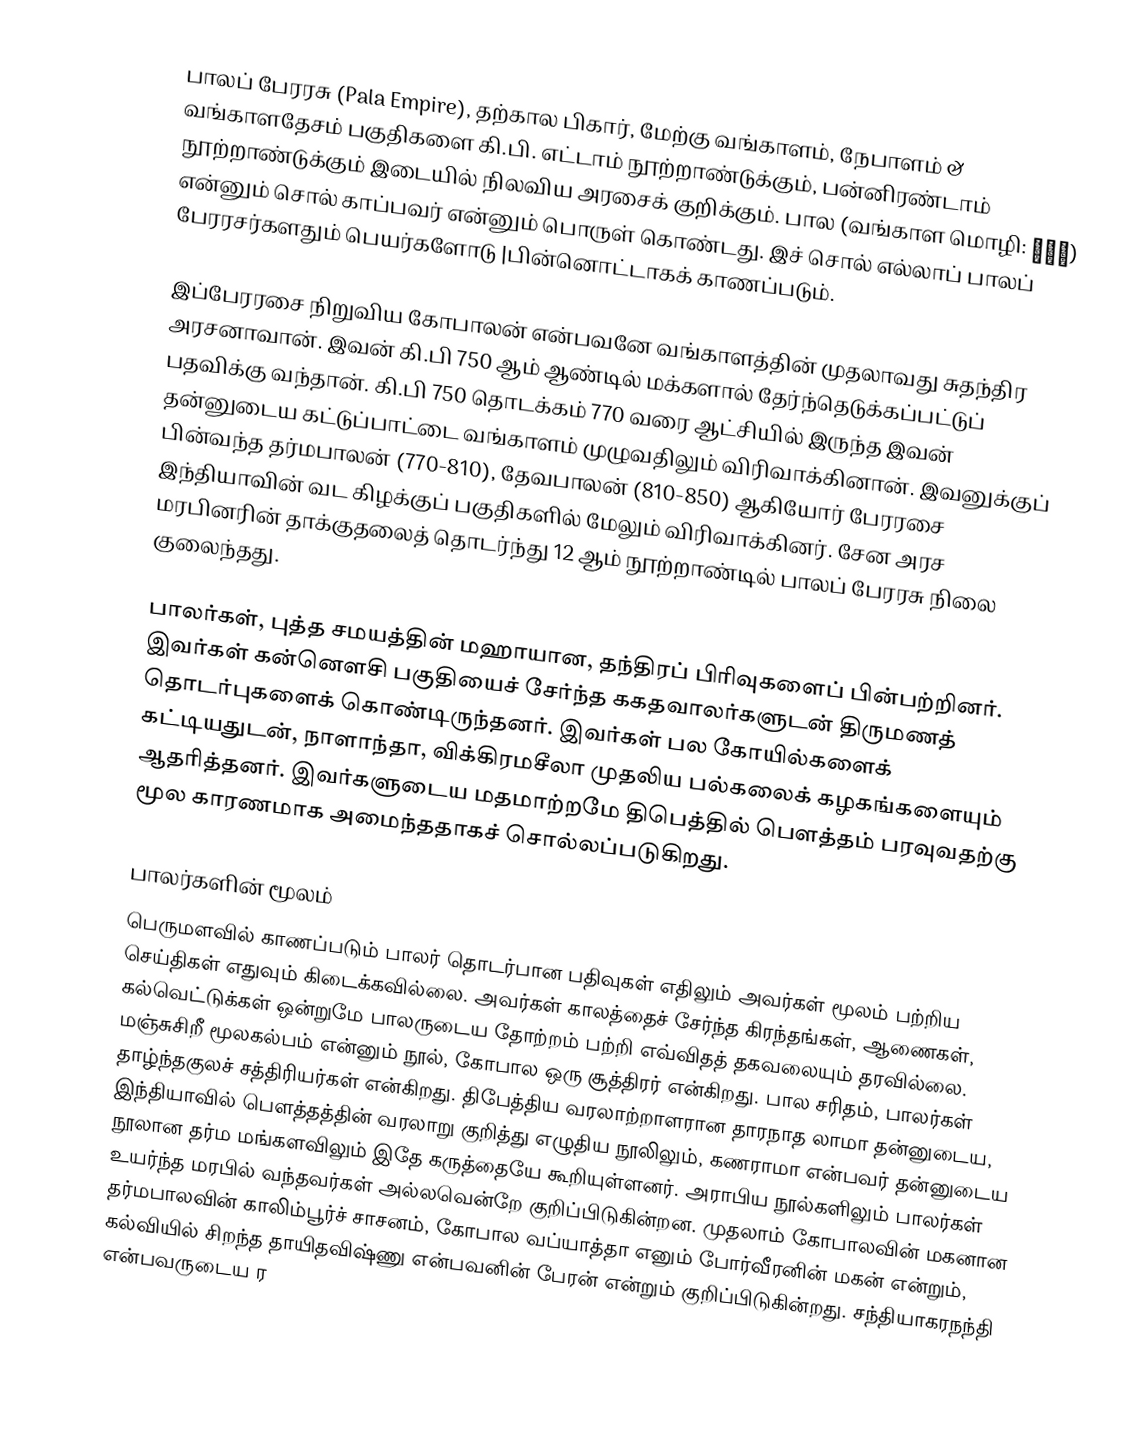
பாலப் பேரரசு (Pala Empire), தற்கால பிகார், மேற்கு வங்காளம், நேபாளம் & வங்காளதேசம் பகுதிகளை கி.பி. எட்டாம் நூற்றாண்டுக்கும், பன்னிரண்டாம் நூற்றாண்டுக்கும் இடையில் நிலவிய அரசைக் குறிக்கும். பால (வங்காள மொழி: পাল) என்னும் சொல் காப்பவர் என்னும் பொருள் கொண்டது. இச் சொல் எல்லாப் பாலப் பேரரசர்களதும் பெயர்களோடு |பின்னொட்டாகக் காணப்படும்.

இப்பேரரசை நிறுவிய கோபாலன் என்பவனே வங்காளத்தின் முதலாவது சுதந்திர அரசனாவான். இவன் கி.பி 750 ஆம் ஆண்டில் மக்களால் தேர்ந்தெடுக்கப்பட்டுப் பதவிக்கு வந்தான். கி.பி 750 தொடக்கம் 770 வரை ஆட்சியில் இருந்த இவன் தன்னுடைய கட்டுப்பாட்டை வங்காளம் முழுவதிலும் விரிவாக்கினான். இவனுக்குப் பின்வந்த தர்மபாலன் (770-810), தேவபாலன் (810-850) ஆகியோர் பேரரசை இந்தியாவின் வட கிழக்குப் பகுதிகளில் மேலும் விரிவாக்கினர். சேன அரச மரபினரின் தாக்குதலைத் தொடர்ந்து 12 ஆம் நூற்றாண்டில் பாலப் பேரரசு நிலை குலைந்தது.

பாலர்கள், புத்த சமயத்தின் மஹாயான, தந்திரப் பிரிவுகளைப் பின்பற்றினர். இவர்கள் கன்னௌசி பகுதியைச் சேர்ந்த ககதவாலர்களுடன் திருமணத் தொடர்புகளைக் கொண்டிருந்தனர். இவர்கள் பல கோயில்களைக் கட்டியதுடன், நாளாந்தா, விக்கிரமசீலா முதலிய பல்கலைக் கழகங்களையும் ஆதரித்தனர். இவர்களுடைய மதமாற்றமே திபெத்தில் பௌத்தம் பரவுவதற்கு மூல காரணமாக அமைந்ததாகச் சொல்லப்படுகிறது.

பாலர்களின் மூலம்
பெருமளவில் காணப்படும் பாலர் தொடர்பான பதிவுகள் எதிலும் அவர்கள் மூலம் பற்றிய செய்திகள் எதுவும் கிடைக்கவில்லை. அவர்கள் காலத்தைச் சேர்ந்த கிரந்தங்கள், ஆணைகள், கல்வெட்டுக்கள் ஒன்றுமே பாலருடைய தோற்றம் பற்றி எவ்விதத் தகவலையும் தரவில்லை. மஞ்சுசிறீ மூலகல்பம் என்னும் நூல், கோபால ஒரு சூத்திரர் என்கிறது. பால சரிதம், பாலர்கள் தாழ்ந்தகுலச் சத்திரியர்கள் என்கிறது. திபேத்திய வரலாற்றாளரான தாரநாத லாமா தன்னுடைய, இந்தியாவில் பௌத்தத்தின் வரலாறு குறித்து எழுதிய நூலிலும், கணராமா என்பவர் தன்னுடைய நூலான தர்ம மங்களவிலும் இதே கருத்தையே கூறியுள்ளனர். அராபிய நூல்களிலும் பாலர்கள் உயர்ந்த மரபில் வந்தவர்கள் அல்லவென்றே குறிப்பிடுகின்றன. முதலாம் கோபாலவின் மகனான தர்மபாலவின் காலிம்பூர்ச் சாசனம், கோபால வப்யாத்தா எனும் போர்வீரனின் மகன் என்றும், கல்வியில் சிறந்த தாயிதவிஷ்ணு என்பவனின் பேரன் என்றும் குறிப்பிடுகின்றது. சந்தியாகரநந்தி என்பவருடைய ர